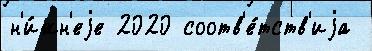
н'и́жн'еjе 2020 соотв'е́тств'иjа